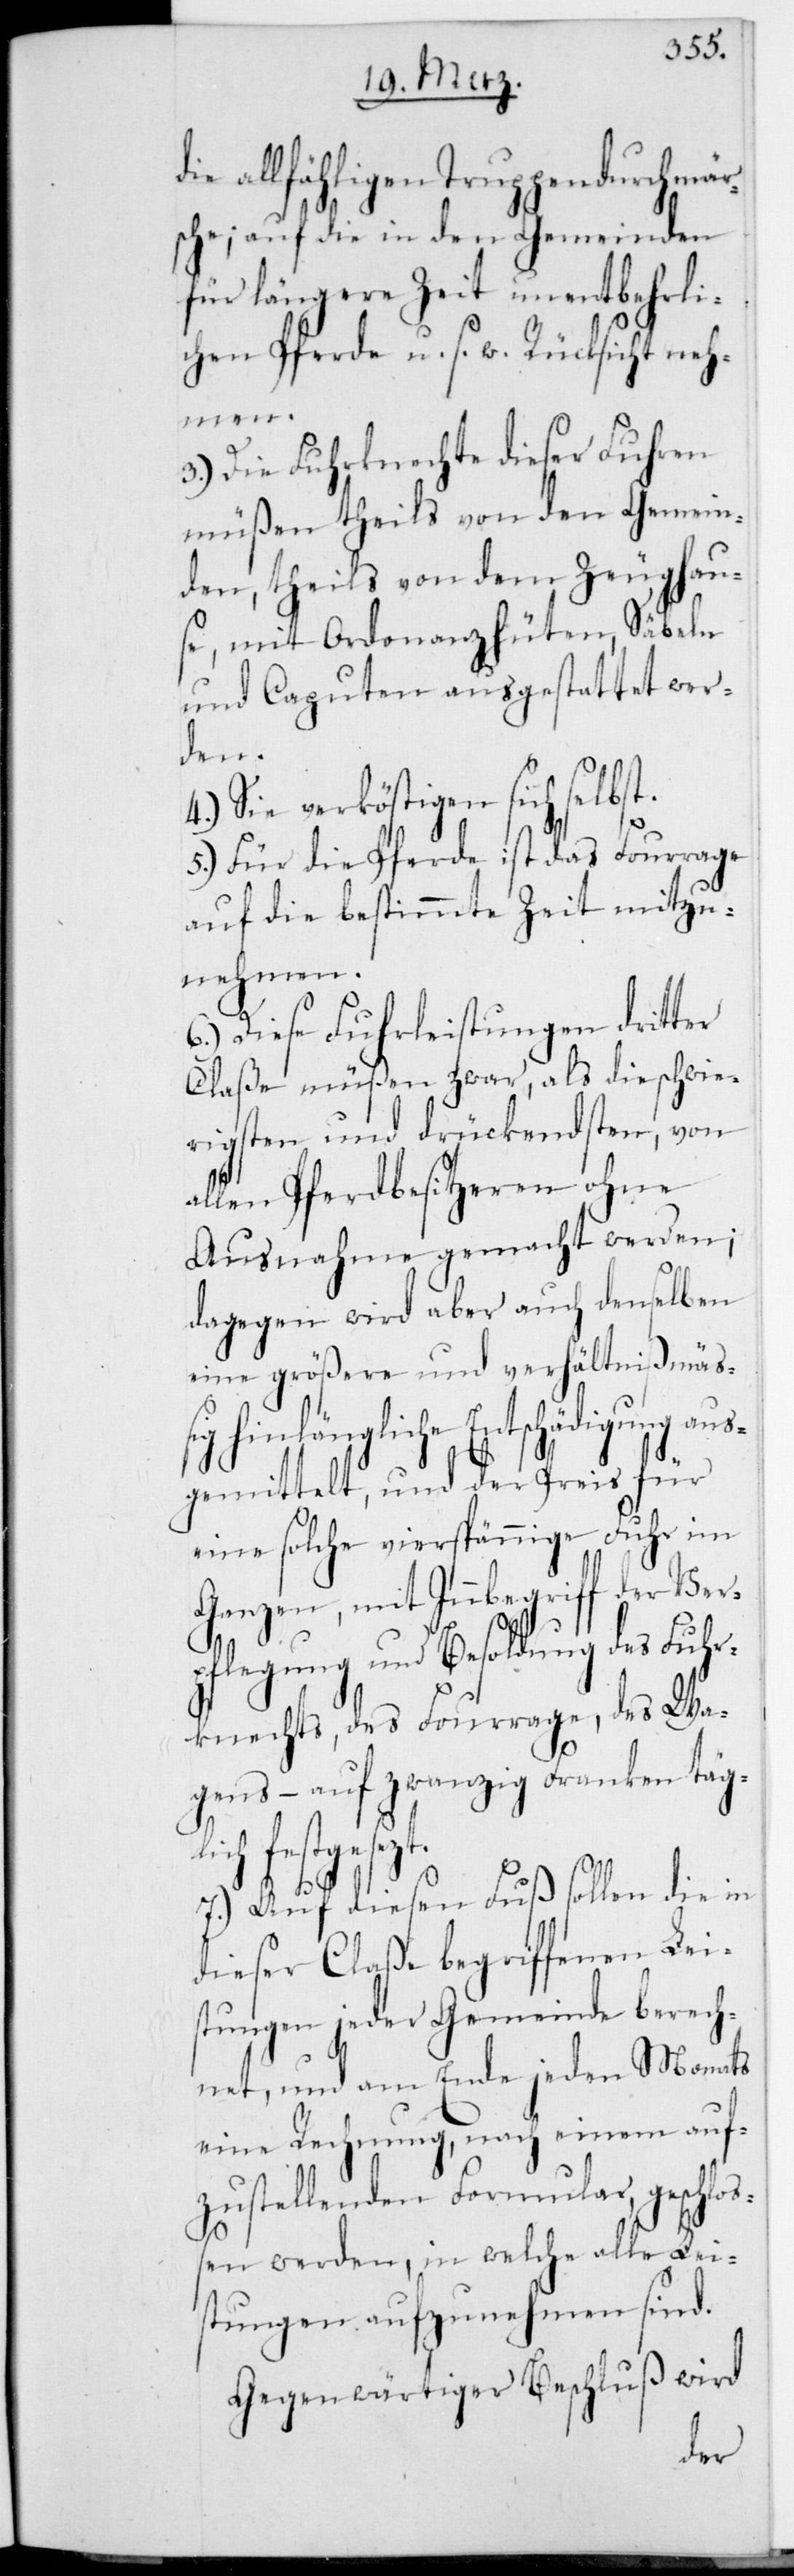
die allfähligen Truppendurchmär¬
sche; auf die in den Gemeinden
für längere Zeit unentbehrli¬
chen Pferde u. s. w. Rücksicht neh¬
men.
3.) Die Fuhrknechte dieser Fuhren
müßen theils von den Gemein¬
den, theils von dem Zeughau¬
se, mit Ordonnanzhüten, Säbeln
und Caputen ausgestattet wer¬
den.
4.) Sie verköstigen sich selbst.
5.) Für die Pferde ist das Fourrage
auf die bestimmte Zeit mitzu¬
nehmen.
6.) Diese Fuhrleistungen dritter
Claße müßen zwar, als die schwie¬
rigsten und drückendsten von
allen Pferdbesitzeren ohne
Ausnahme gemacht werden;
dagegen wird aber auch denselben
eine größere und Verhältnißmäß¬
ig hinlängliche Entschädigung aus¬
gemittelt, und der Preis für
eine solche vierspännige Fuhr im
Ganzen, mit Inbegriff der Ver¬
pflegung und Besoldung des Fuhr¬
knechts, des Fourrage, des Wa¬
gens, – auf zwanzig Franken tägl¬
ich festgesezt.
7.) Auf diesen Fuß sollen die in
dieser Claße begriffenen Lei¬
stungen jeder Gemeinde berech¬
net, und am Ende jeden Monats
eine Rechnung, nach einem auf¬
zustellenden Formular, geschloß¬
en werden, in welche alle Lei¬
stungen aufzunehmen sind.
Gegenwärtiger Beschluß wird